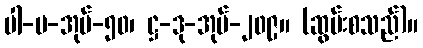
ပါ-ပ-အုပ်-၅၀၊ ဋ္ဌ-ဒု-အုပ်-၂၀၉။ (ဆွမ်းစသည်)။